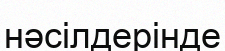
нәсілдерінде